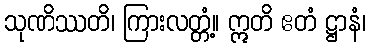
သုဏိဿတိ၊ ကြားလတ္တံ့။ ဣတိ ဧတံ ဋ္ဌာနံ၊